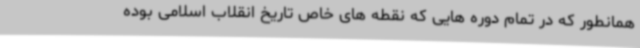
همانطور که در تمام دوره هایی که نقطه های خاص تاریخ انقلاب اسلامی بوده